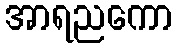
အာရညကော